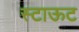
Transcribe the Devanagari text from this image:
स्टाऊट